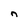
Character: n